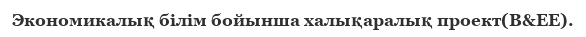
Экономикалық білім бойынша халықаралық проект(B&EE).